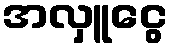
အလှူငွေ